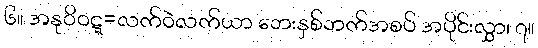
၆။ အနုဝိဝဋ္ဋ=လက်ဝဲလက်ယာ ဘေးနှစ်ဘက်အစပ် အပိုင်းလွှာ၊ ၇။